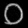
Digit: ၀